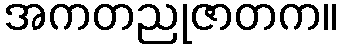
အကတညုဇာတက။